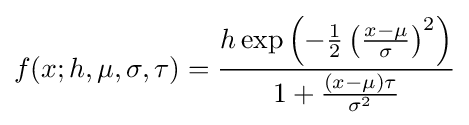
f(x;h,\mu ,\sigma ,\tau )={\frac {h\exp \left(-{\frac {1}{2}}\left({\frac {x-\mu }{\sigma }}\right)^{2}\right)}{1+{\frac {\left(x-\mu \right)\tau }{\sigma ^{2}}}}}